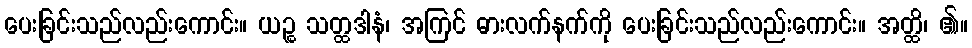
ပေးခြင်းသည်လည်းကောင်း။ ယဉ္စ သတ္ထဒါနံ၊ အကြင် ဓားလက်နက်ကို ပေးခြင်းသည်လည်းကောင်း။ အတ္ထိ၊ ၏။